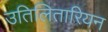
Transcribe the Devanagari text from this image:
उतिलितारियन